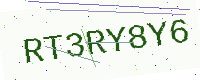
Text: RT3RY8Y6